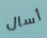
أسال